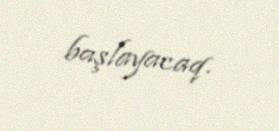
başlayacaq.